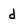
Character: d